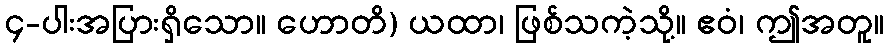
၄-ပါးအပြားရှိသော။ ဟောတိ) ယထာ၊ ဖြစ်သကဲ့သို့။ ဧဝံ၊ ဤအတူ။